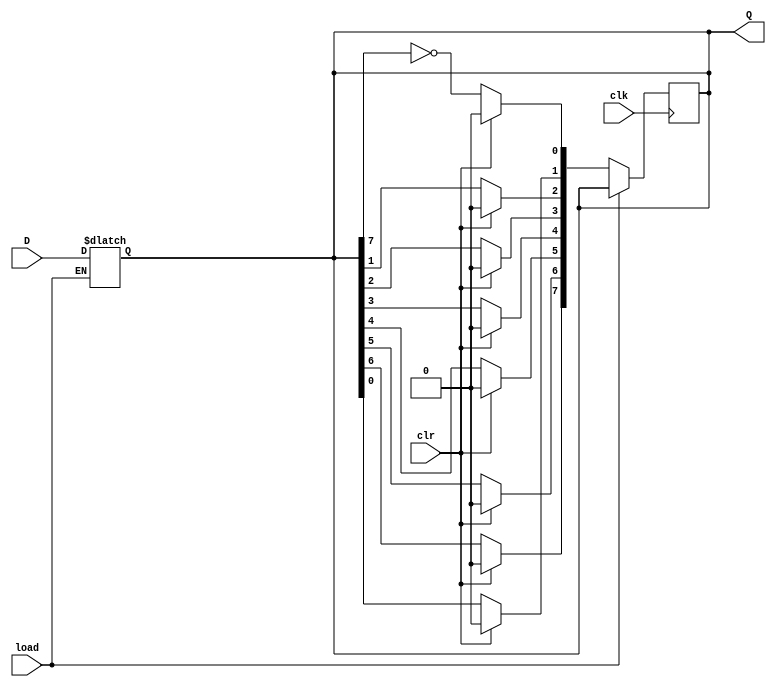
module johnsonCounter(clk,clr,load,D,Q);
    input clk;
    input clr;
    input load;
    input [7:0] D;

    output reg [7:0] Q;

    always @(load)
        Q = load ? D : Q;

    always @ (posedge clk)
    begin
        if(~load)
        begin
            if(clr) Q=0;
            else
            begin
                Q[7]<=Q[6];
                Q[6]<=Q[5];
                Q[5]<=Q[4];
                Q[4]<=Q[3];
                Q[3]<=Q[2];
                Q[2]<=Q[1];
                Q[1]<=Q[0];
                Q[0]<=~Q[7];
            end
        end
    end
endmodule